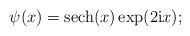
LaTeX: \begin{align*} \psi(x)=\textrm{sech}(x)\exp(2\textrm{i}x); \end{align*}